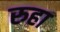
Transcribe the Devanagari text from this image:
रुहा